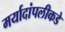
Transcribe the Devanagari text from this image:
मर्यादांपलीकडे